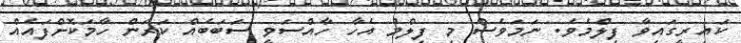
ކައިރީގައިވާ ފިލްމެވެ. ނަމަވެސް މި ފިލްމު އެހާ ހާއްސަވީ ސަބަބެއް ކަރަން ހާމަކޮށްފައެއް